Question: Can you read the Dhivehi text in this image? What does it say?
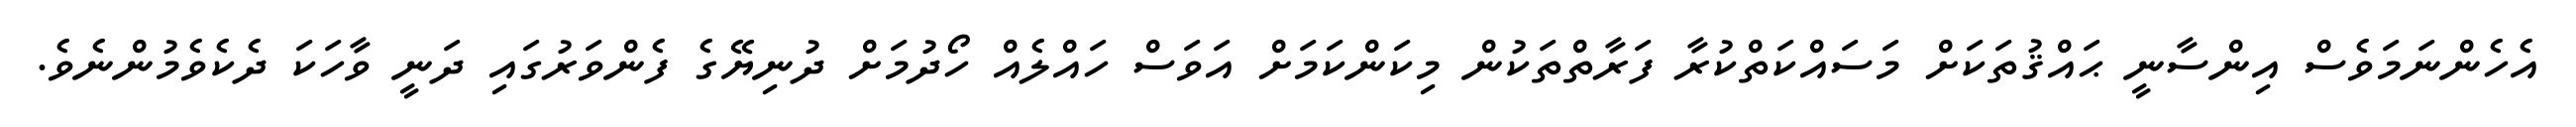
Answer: އެހެންނަމަވެސް އިންސާނީ ޙައްޤުތަކަށް މަސައްކަތްކުރާ ފަރާތްތަކުން މިކަންކަމަށް އަވަސް ހައްލެއް ހޯދުމަށް ދުނިޔޭގެ ފެންވަރުގައި ދަނީ ވާހަކަ ދެކެވެމުންނެވެ.